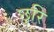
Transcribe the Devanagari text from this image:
छुरि